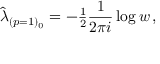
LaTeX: \hat { \lambda } _ { ( p = 1 ) _ { 0 } } = - { \textstyle \frac { 1 } { 2 } } \frac { 1 } { 2 \pi i } \log { w } \, ,